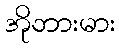
အိုဘားမား